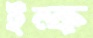
ইন্ক